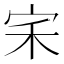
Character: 𭓦